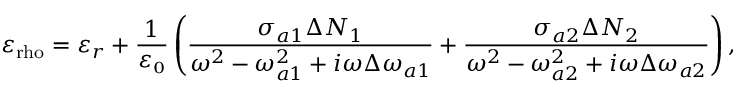
\varepsilon _ { \mathrm { r h o } } = \varepsilon _ { r } + \frac { 1 } { \varepsilon _ { \scriptscriptstyle 0 } } \left( \frac { \sigma _ { a 1 } \Delta N _ { 1 } } { \omega ^ { 2 } - \omega _ { a 1 } ^ { 2 } + i \omega \Delta \omega _ { a 1 } } + \frac { \sigma _ { a 2 } \Delta N _ { 2 } } { \omega ^ { 2 } - \omega _ { a 2 } ^ { 2 } + i \omega \Delta \omega _ { a 2 } } \right) ,